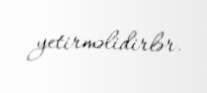
yetirməlidirlər.